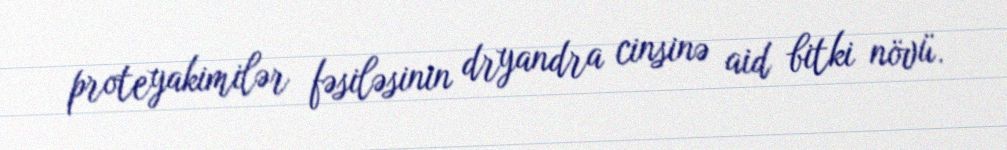
proteyakimilər fəsiləsinin dryandra cinsinə aid bitki növü.